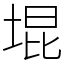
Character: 堒